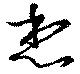
想